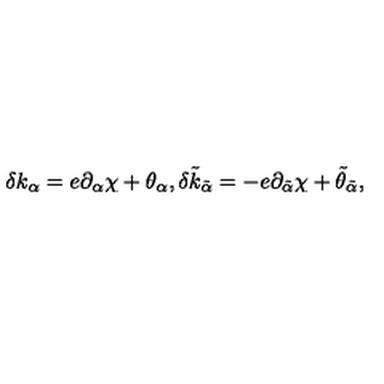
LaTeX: \delta k _ { \alpha } = e \partial _ { \alpha } \chi + \theta _ { \alpha } , \delta \tilde { k } _ { \tilde { \alpha } } = - e \partial _ { \tilde { \alpha } } \chi + \tilde { \theta } _ { \tilde { \alpha } } ,